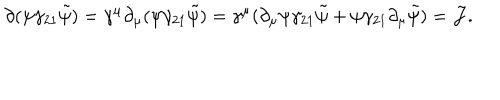
\partial ( \psi \gamma _ { 2 1 } \tilde { \psi } ) = \gamma ^ { \mu } \partial _ { \mu } ( \psi \gamma _ { 2 1 } \tilde { \psi } ) = \gamma ^ { \mu } ( \partial _ { \mu } \psi \gamma _ { 2 1 } \tilde { \psi } + \psi \gamma _ { 2 1 } \partial _ { \mu } \tilde { \psi } ) = { \cal J } .